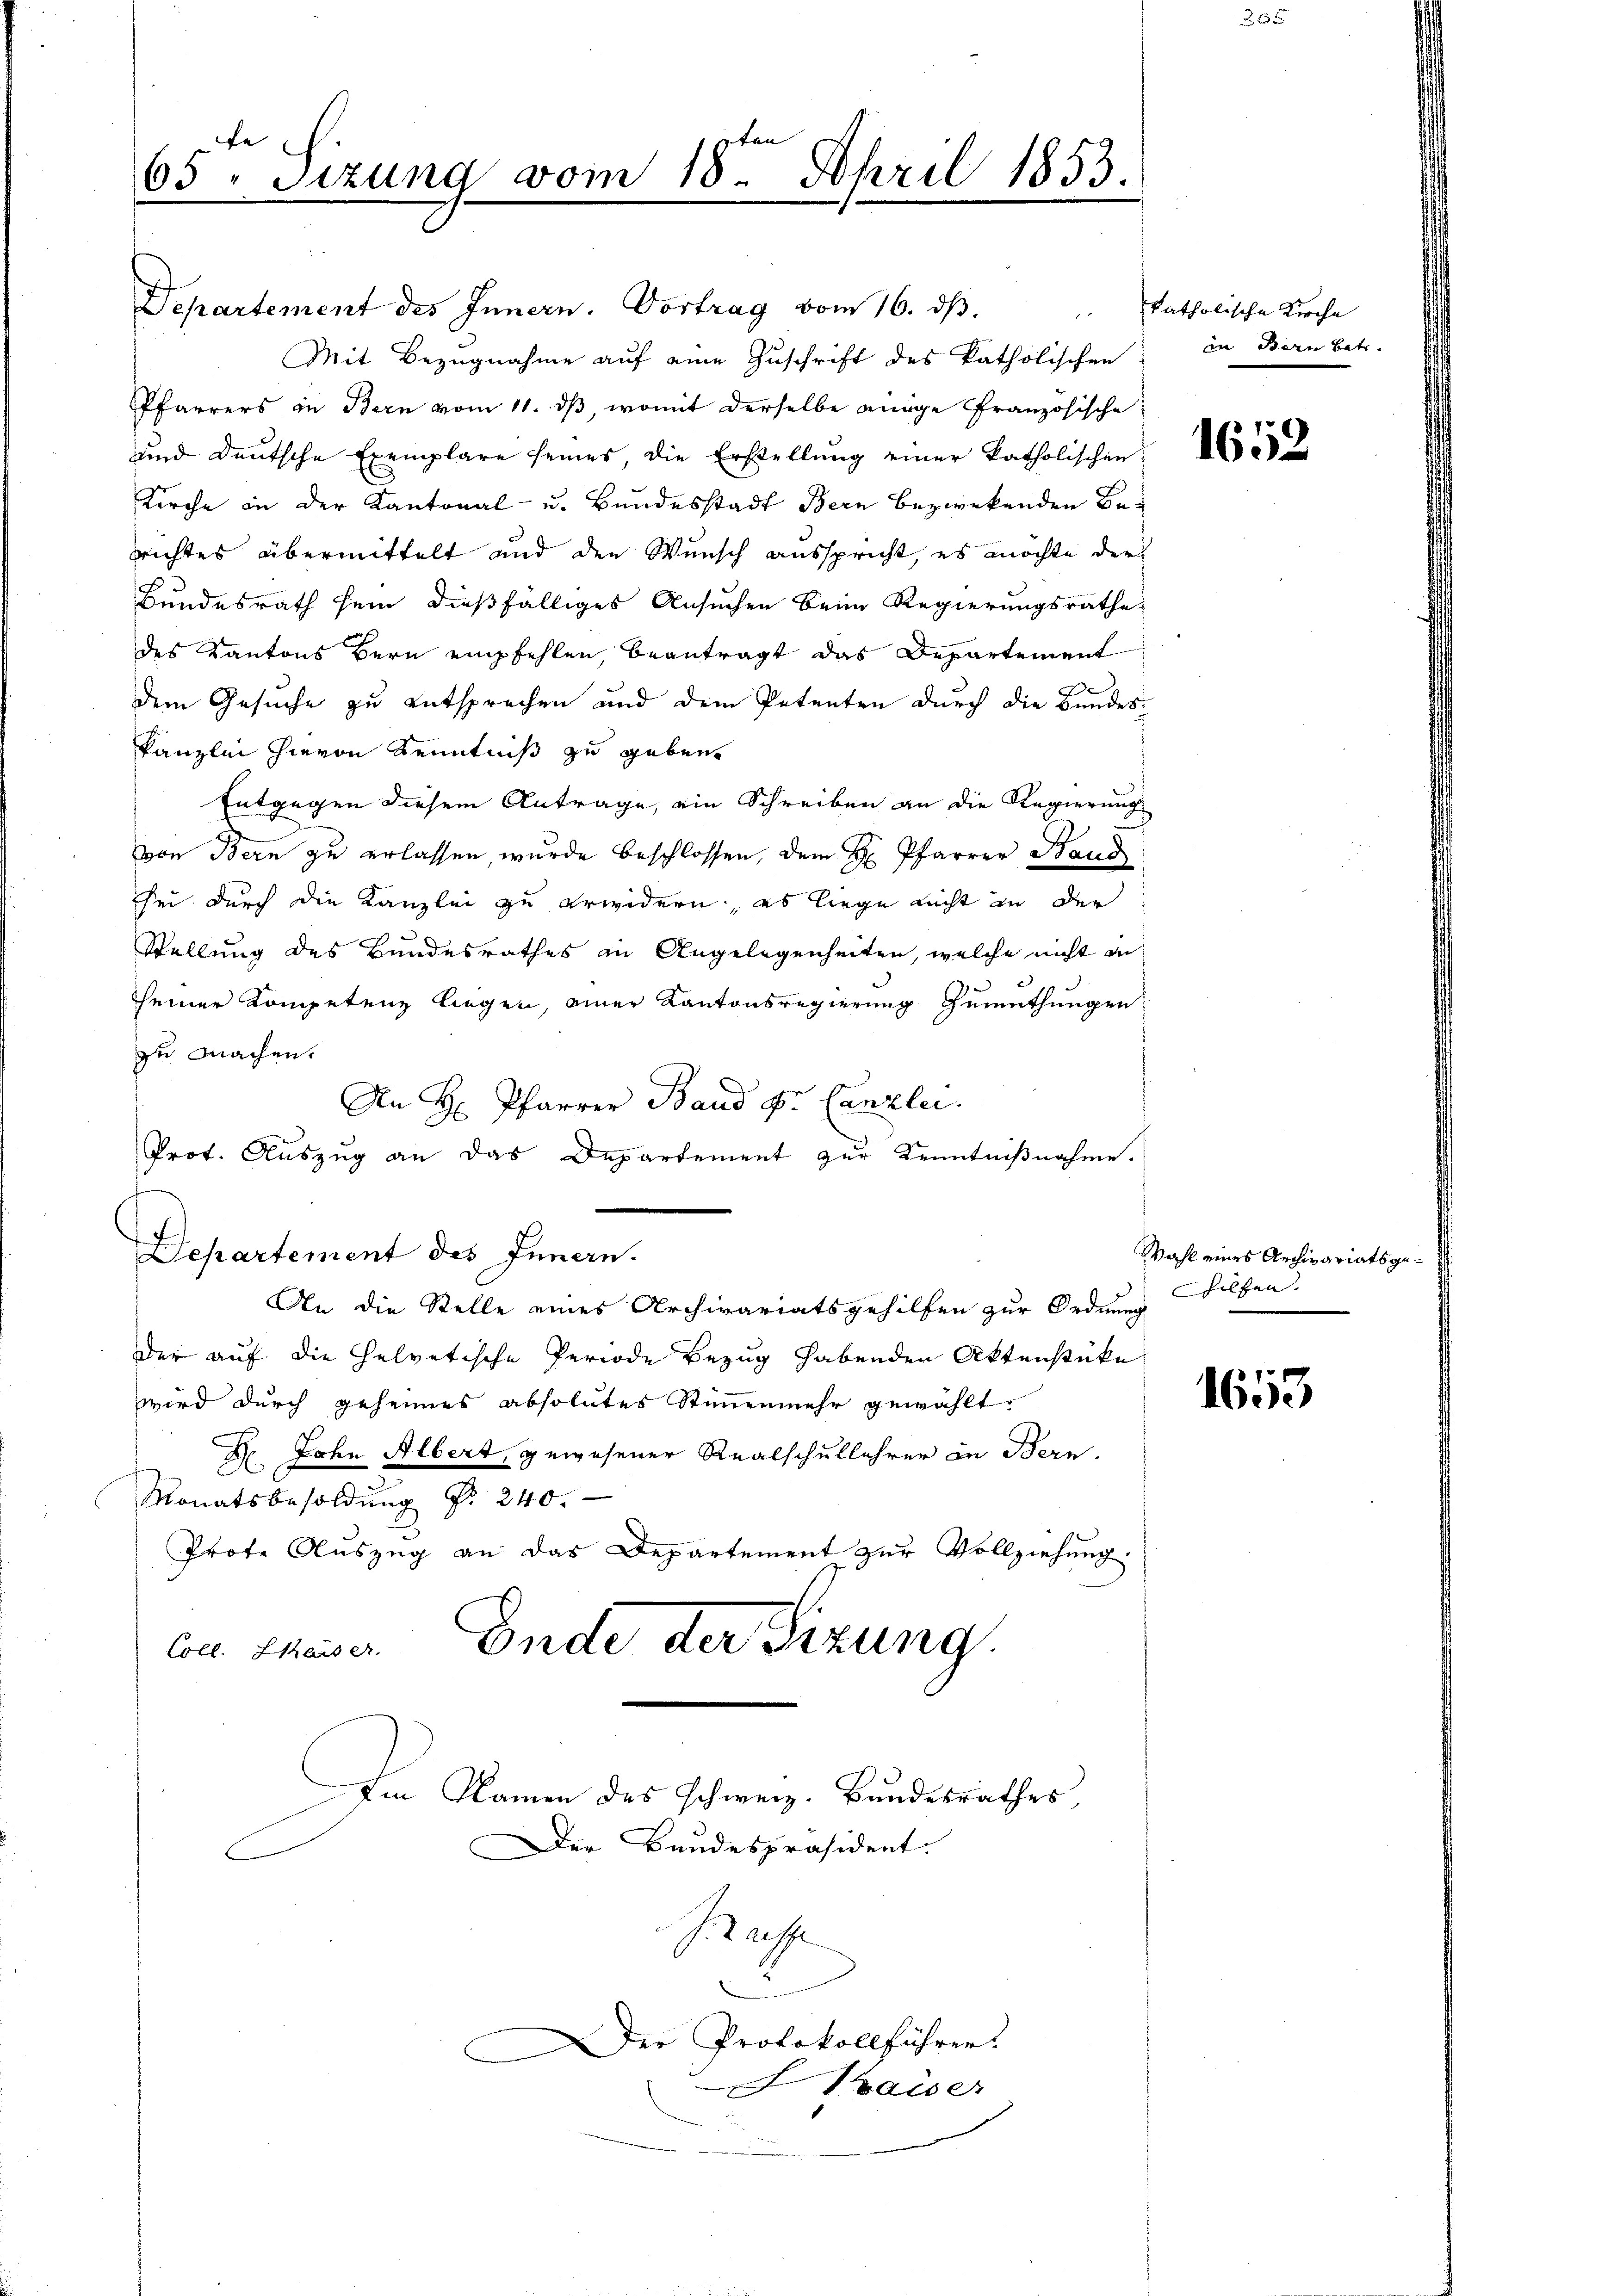
Art
fe |
65 " Sizung vom 18. April 1853.

Departement des Innern. Vortrag vom 16. dβ. " katholische Kirche
Mit Bezugnahme auf eine Zuschrift des katholischen
Pfarrers in Bern vom 11. ds, womit derselbe enige Französische
und Deutsche Exemplare seines, die Erstellung einer katholischen
Kirche in der Kantonal- u. Bundesstadt Bern bezwekenden Berichtes übermittelt und den Wunsch ausspricht, es möchte der
Bundesrath sein dießfälliges Ansuchen beim Regierungsrathe
des Kantons Bern empfehlen, beantragt das Departement
e
dem Gesuche zu entsprechen und dem Petenten durch die Bundes-
kanzlei hievon Kenntniß zu geben.
Entgegen diesem Antrage, ein Schreiben an die Regierung
von Bern zu erlassen, wurde beschlossen, dem H. Pfarrer Band
sei durch die Kanzlei zu erwidern, es liege nicht in der
Stellung des Bundesrathes in Angelegenheiten, welche nicht in
seiner Kompetenz liegen, einer Kantonsregierung Gemuthungen:
zu machen.
An H. Pfarrer Band pr. Canzlei.
Prot. Auszug an das Departement zur Kenntnißnahme.
Departement des Innern.
An die Stelle eines Archivariatsgehilfen zur Ordnung
Der auf die Helvetische Periode Bezug habenden Aktenstücke
wird durch geheimes absolutes Stimmenmehr gewählt.
Dr. Jahn Albert, gewesener Realschullehrer in Bern.
Monatsbesoldung Nr. 240.
Prote Auszug an das Departement zur Vollziehung.
Col. Phaser. Ende der Sizung

Im Namen des schweiz. Bundesrathes,
Der Bandespräsident.
I. Recht
Der Protokollführer.
aiser

in Bern betr.

1652

Wahl eines Archivariatsgehelfen. |

1653